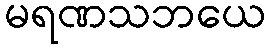
မရဏသဘယေ